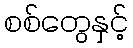
စစ်တွေနှင့်